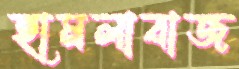
হামলাবাজ